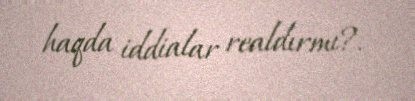
haqda iddialar realdırmı?.